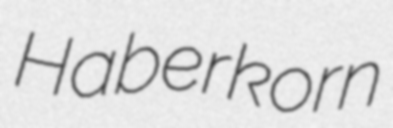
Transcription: Haberkorn